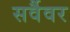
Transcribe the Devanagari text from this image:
सर्वैवर